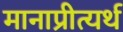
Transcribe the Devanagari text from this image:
मानाप्रीत्यर्थ